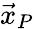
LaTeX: {\vec{x}}_{P}